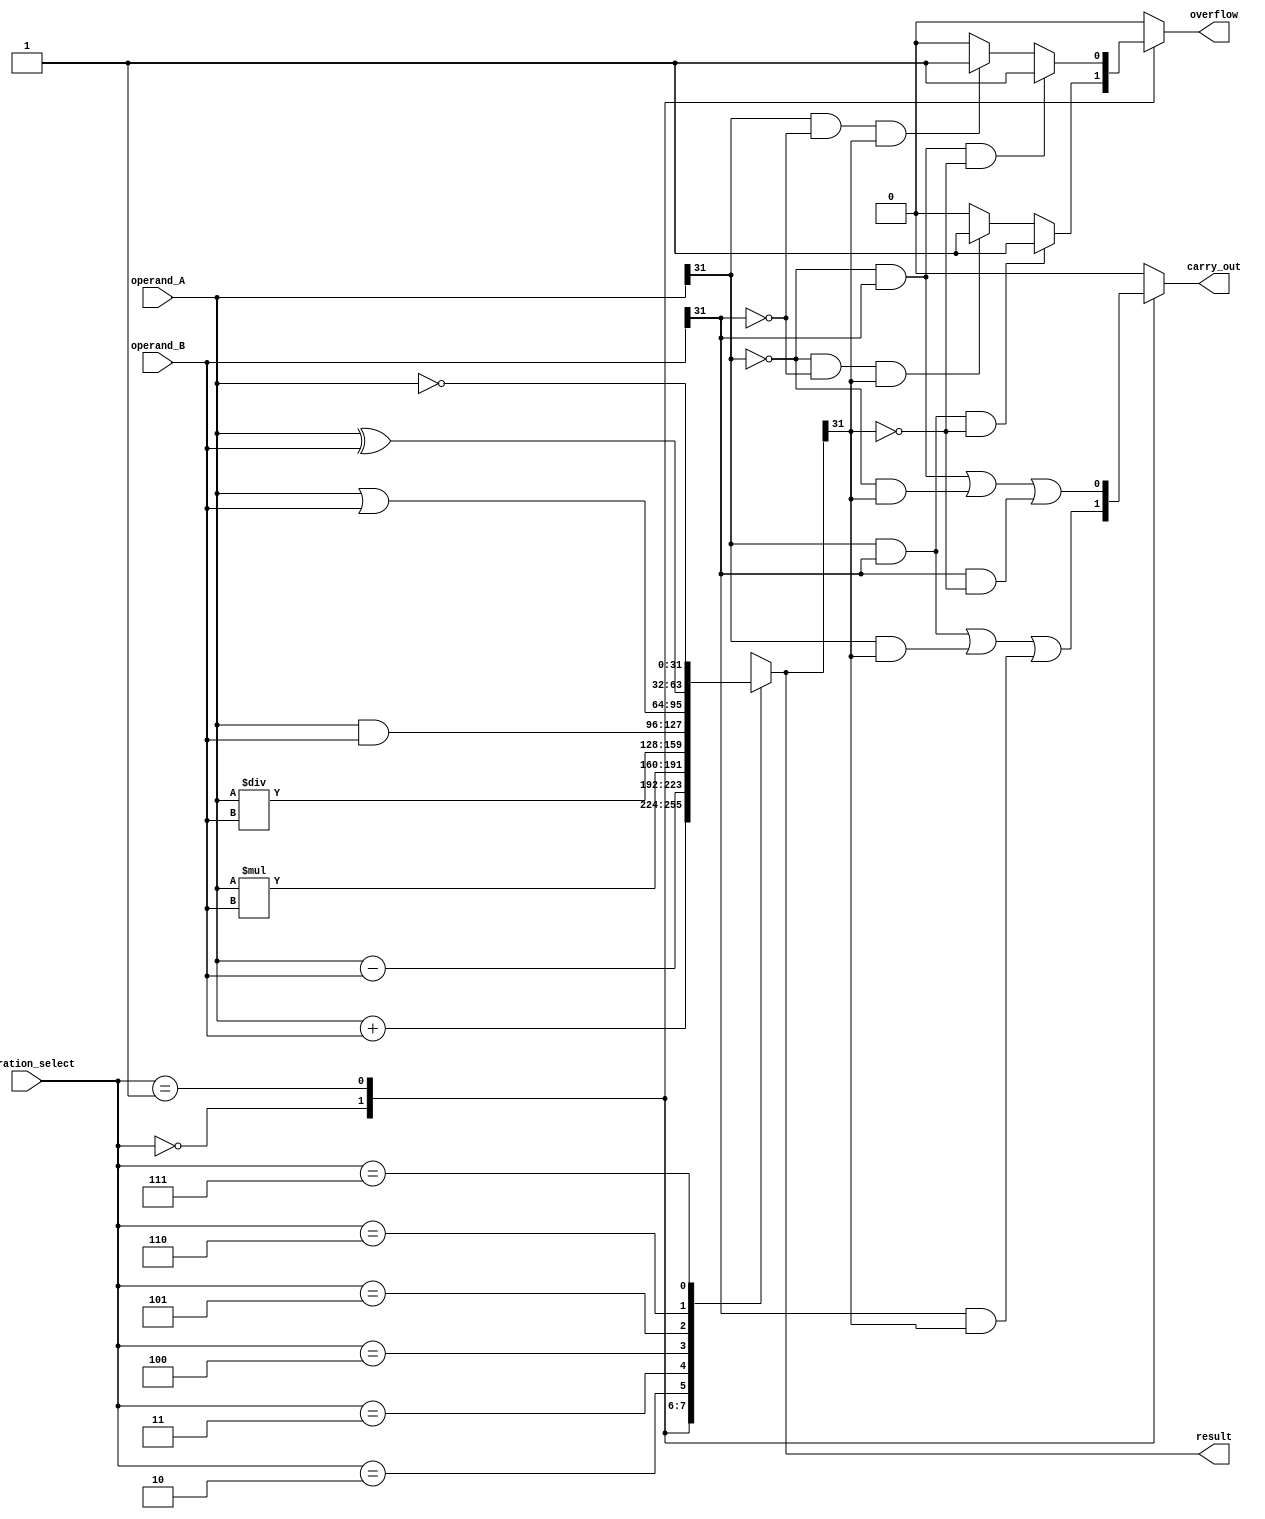
module ALU(
    input [31:0] operand_A,
    input [31:0] operand_B,
    input [2:0] operation_select,
    output reg [31:0] result,
    output reg carry_out,
    output reg overflow
);

always @(*) begin
    case(operation_select)
        3'b000: result = operand_A + operand_B; // Addition
        3'b001: result = operand_A - operand_B; // Subtraction
        3'b010: result = operand_A * operand_B; // Multiplication
        3'b011: result = operand_A / operand_B; // Division
        3'b100: result = operand_A & operand_B; // Bitwise AND
        3'b101: result = operand_A | operand_B; // Bitwise OR
        3'b110: result = operand_A ^ operand_B; // Bitwise XOR
        3'b111: result = ~operand_A; // Bitwise NOT
    endcase
end

// Overflow and carry flags
always @(*) begin
    case(operation_select)
        3'b000: begin // Addition
            if(operand_A[31] & operand_B[31] & ~result[31]) overflow = 1;
            else if(~operand_A[31] & ~operand_B[31] & result[31]) overflow = 1;
            else overflow = 0;
            carry_out = (operand_A[31] & operand_B[31]) | (operand_A[31] & result[31]) | (operand_B[31] & result[31]);
        end
        3'b001: begin // Subtraction
            if(~operand_A[31] & operand_B[31] & ~result[31]) overflow = 1;
            else if(operand_A[31] & ~operand_B[31] & result[31]) overflow = 1;
            else overflow = 0;
            carry_out = (~operand_A[31] & operand_B[31]) | (~operand_A[31] & result[31]) | (operand_B[31] & ~result[31]);
        end
        default: begin
            overflow = 0;
            carry_out = 0;
        end
    endcase
end

endmodule